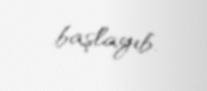
başlayıb.